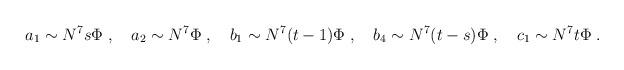
LaTeX: \begin{align*} a_1 \sim N^7s\Phi\;, \quad a_2 \sim N^7\Phi\;, \quad b_1 \sim N^7(t-1)\Phi\;, \quad b_4 \sim N^7(t-s)\Phi\;, \quad c_1 \sim N^7t\Phi\;.\end{align*}